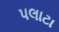
પલાટા